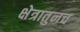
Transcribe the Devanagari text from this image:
क्षेत्रातुनच